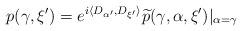
LaTeX: \begin{align*} p(\gamma,\xi') = e^{i\langle D_{\alpha'},D_{\xi'} \rangle}\widetilde{p}(\gamma,\alpha,\xi')\vert_{\alpha=\gamma}\end{align*}